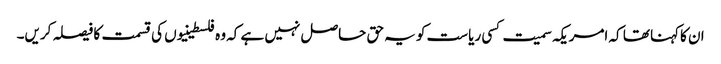
ان کاکہنا تھا کہ امریکہ سمیت کسی ریاست کو یہ حق حاصل نہیں ہے کہ وہ فلسطینیوں کی قسمت کا فیصلہ کریں۔